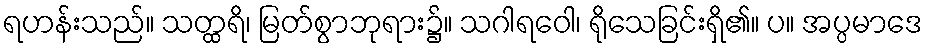
ရဟန်းသည်။ သတ္ထရိ၊ မြတ်စွာဘုရား၌။ သဂါရဝေါ၊ ရိုသေခြင်းရှိ၏။ ပ။ အပ္ပမာဒေ